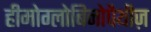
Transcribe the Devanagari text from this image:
हीमोग्लोबिनोपैथीज़